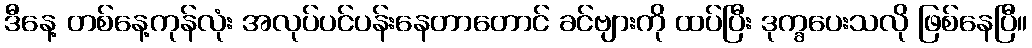
ဒီနေ့ တစ်နေ့ကုန်လုံး အလုပ်ပင်ပန်းနေတာတောင် ခင်ဗျားကို ထပ်ပြီး ဒုက္ခပေးသလို ဖြစ်နေပြီ။